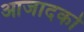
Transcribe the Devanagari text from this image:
आजादको